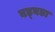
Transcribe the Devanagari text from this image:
बड्बडा